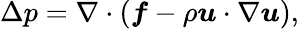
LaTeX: \Delta p=\nabla\cdot(\boldsymbol f-\rho\boldsymbol u\cdot\nabla\boldsymbol u),